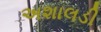
અશાલડી